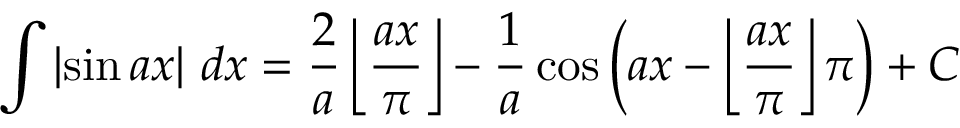
\int \left| \sin { a x } \right| \, d x = { \frac { 2 } { a } } \left\lfloor { \frac { a x } { \pi } } \right\rfloor - { \frac { 1 } { a } } \cos { \left( a x - \left\lfloor { \frac { a x } { \pi } } \right\rfloor \pi \right) } + C